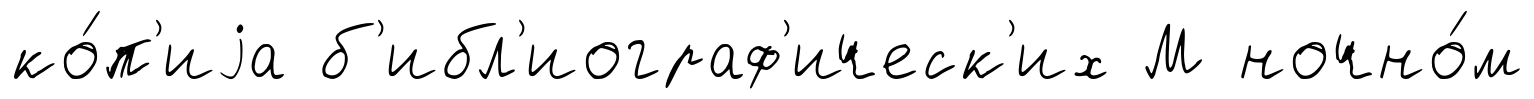
ко́п'иjа б'ибл'иограф'ическ'их М ночно́м